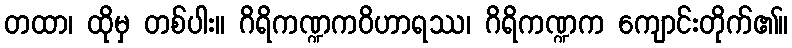
တထာ၊ ထိုမှ တစ်ပါး။ ဂိရိကဏ္ဍကဝိဟာရဿ၊ ဂိရိကဏ္ဍက ကျောင်းတိုက်၏။